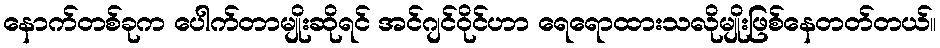
နောက်တစ်ခုက ပေါက်တာမျိုးဆိုရင် အင်ဂျင်ဝိုင်ဟာ ရေရောထားသလိုမျိုးဖြစ်နေတတ်တယ်။